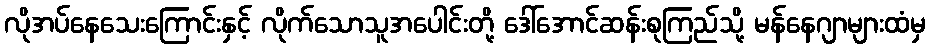
လိုအပ်နေသေးကြောင်းနှင့် လိုက်သောသူအပေါင်းတို့ ဒေါ်အောင်ဆန်းစုကြည်သို့ မန်နေဂျာများထံမှ